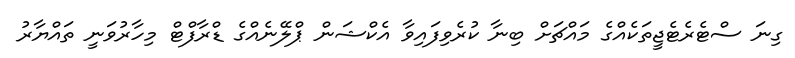
ގިނަ ސްޓެރެޓެޖީތަކެއްގެ މައްޗަށް ބިނާ ކުރެވިފައިވާ އެކްޝަން ޕްލޭނެއްގެ ޑްރާފްޓް މިހާރުވަނީ ތައްޔާރު